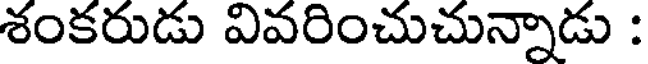
శంకరుడు వివరించుచున్నాడు :